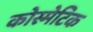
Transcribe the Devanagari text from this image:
कोस्मेटिक